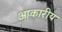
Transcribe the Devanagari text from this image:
आकारीय